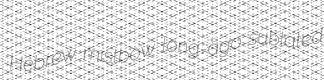
Hebrew mistbow long-ago sublated